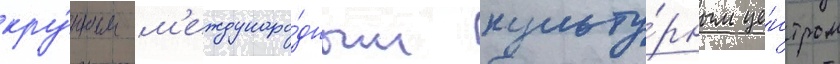
кру́пным м'еждунаро́дным культу́рным це́нтром